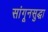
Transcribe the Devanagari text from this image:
सांगूनसुद्धा